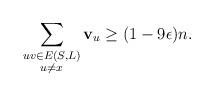
LaTeX: \begin{align*}\sum_{\substack{uv\in E(S,L)\\ u\not = x}} \mathbf{v}_u \geq (1-9\epsilon)n.\end{align*}